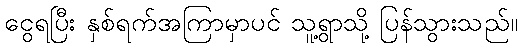
ငွေရပြီး နှစ်ရက်အကြာမှာပင် သူ့ရွာသို့ ပြန်သွားသည်။